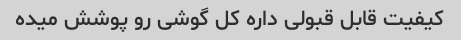
کیفیت قابل قبولی داره کل گوشی رو پوشش میده